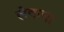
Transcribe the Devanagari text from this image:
लेकचा